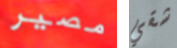
مصير شقي